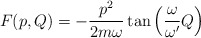
\begin{align*}F( p , Q ) =- \frac{p^2}{2 m \omega} \tan \left ( \frac{\omega}{\omega^\prime}Q \right )\end{align*}